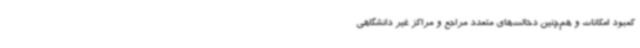
کمبود امکانات و هم‌چنین دخالت‌های متعدد مراجع و مراکز غیر دانشگاهی